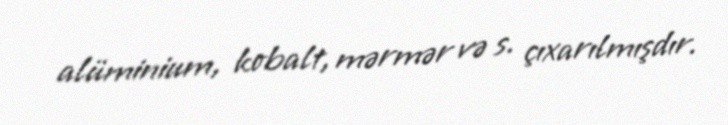
alüminium, kobalt, mərmər və s. çıxarılmışdır.